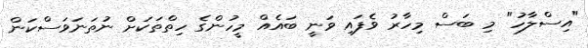
"އިސްލާހު" މި ބަސް މިހާރު ވެފައި ވަނީ ބައެއް މީހުންގެ ހިތްތަކަށް ނުތަނަވަސްކަން